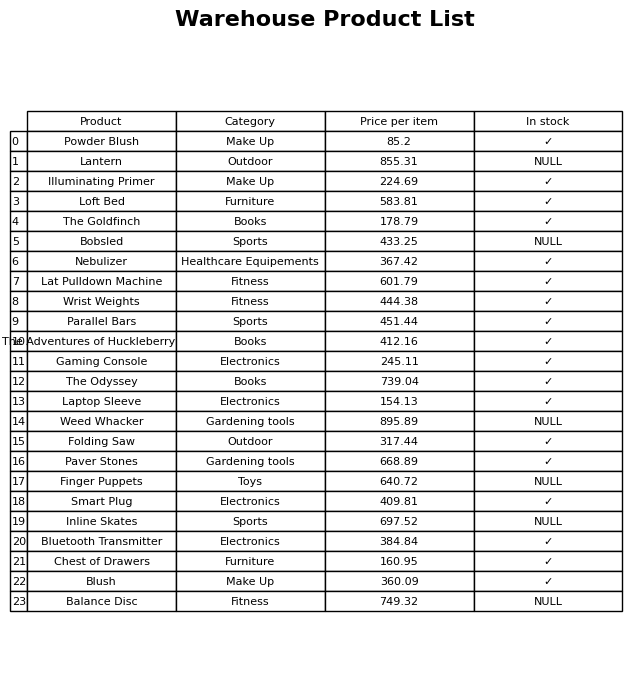
question: What is the price of the Weed Whacker?
answer: The price of Weed Whacker is 895.89.